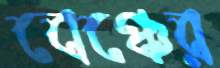
বেঞ্চের